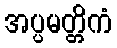
အပ္ပမတ္တိကံ